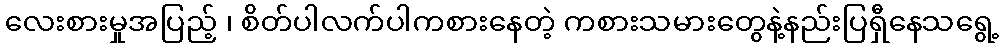
လေးစားမှုအပြည့် ၊ စိတ်ပါလက်ပါကစားနေတဲ့ ကစားသမားတွေနဲ့နည်းပြရှီနေသရွေ့